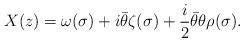
LaTeX: \begin{align*}X(z)=\omega(\sigma)+i{\bar \theta}\zeta(\sigma)+\frac{i}{2}{\bar \theta}\theta \rho(\sigma).\end{align*}